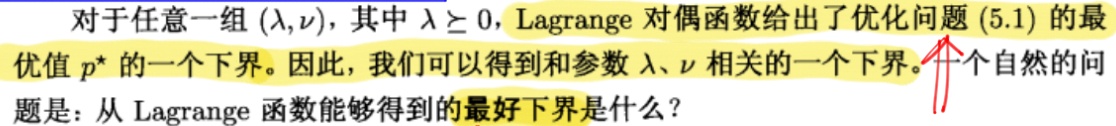
对于任意一组 $(\lambda,\nu)$，其中 $\lambda \geq 0$，Lagrange 对偶函数给出了优化问题 (5.1) 的最优值 $p^{*}$ 的一个下界。因此，我们可以得到和参数 $\lambda$、$\nu$ 相关的一个下界。一个自然的问题是：从 Lagrange 函数能够得到的最好下界是什么？